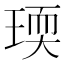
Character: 瑌